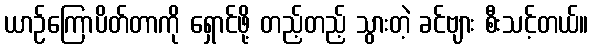
ယာဉ်ကြောပိတ်တာကို ရှောင်ဖို့ တည့်တည့် သွားတဲ့ ခင်ဗျား စီးသင့်တယ်။